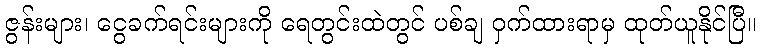
ဇွန်းများ၊ ငွေခက်ရင်းများကို ရေတွင်းထဲတွင် ပစ်ချ ဝှက်ထားရာမှ ထုတ်ယူနိုင်ပြီ။